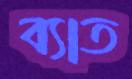
ব্যাত